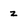
Character: z